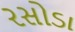
રસોડા